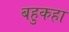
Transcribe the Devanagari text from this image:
बहुकहा